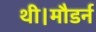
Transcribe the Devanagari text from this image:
थी।मौडर्न